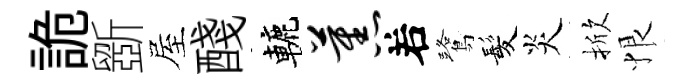
詭斵屋醆轆蕉𠰥鷺髪炎掀恨